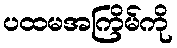
ပထမအကြိမ်ကို